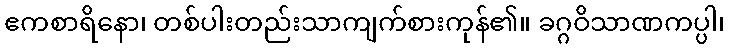
ဧကစာရိနော၊ တစ်ပါးတည်းသာကျက်စားကုန်၏။ ခဂ္ဂဝိသာဏကပ္ပါ၊